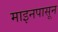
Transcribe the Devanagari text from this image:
माइनपासून